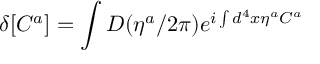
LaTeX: \delta [ C ^ { a } ] = \int D ( \eta ^ { a } / 2 \pi ) e ^ { i \int d ^ { 4 } x \eta ^ { a } C ^ { a } }